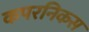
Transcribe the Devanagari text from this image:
कपरनिकस